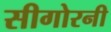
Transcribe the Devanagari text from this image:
सीगोरनी